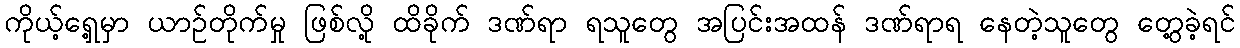
ကိုယ့်ရှေ့မှာ ယာဉ်တိုက်မှု ဖြစ်လို့ ထိခိုက် ဒဏ်ရာ ရသူတွေ အပြင်းအထန် ဒဏ်ရာရ နေတဲ့သူတွေ တွေ့ခဲ့ရင်